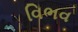
વિભવ